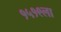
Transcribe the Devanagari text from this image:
१५१९ला